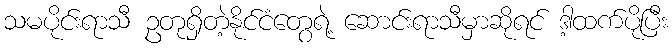
သမပိုင်းရာသီ ဥတုရှိတဲ့နိုင်ငံတွေရဲ့ ဆောင်းရာသီမှာဆိုရင် ဒါ့ထက်ပိုပြီး